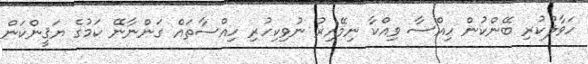
ހަވާލުކުރި ބޭންކުން ހިއްސާ ވިއްކާ ނިމޭއިރު ނުވިކިހުރި ހިއްސާތައް ގަންނާނޭ ކަމުގެ ޔަޤީންކަން